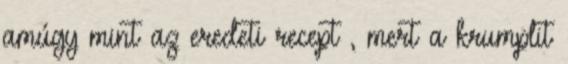
amúgy mint az eredeti recept , mert a krumplit